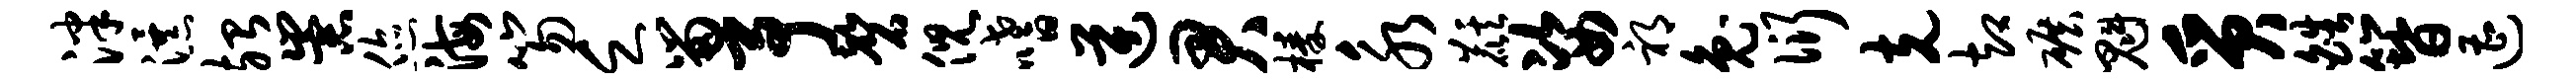
泮瀑殆崇您海笏乏留予磬倪嗜逆君榛永麒姿祁兔衍克却碾魁质皓簪遭